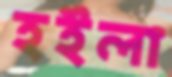
হইলা